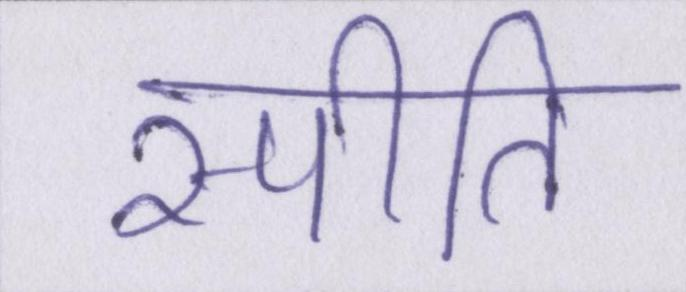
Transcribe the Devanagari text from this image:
स्पीति